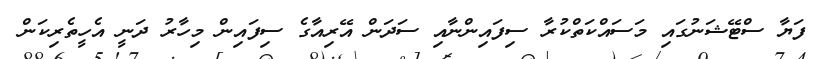
ފަޔާ ސްޓޭޝަނުގައި މަސައްކަތްކުރާ ސިފައިންނާއި ސަދަން އޭރިއާގެ ސިފައިން މިހާރު ދަނީ އެހީތެރިކަން